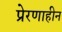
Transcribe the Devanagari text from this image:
प्रेरणाहीन